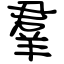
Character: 羣